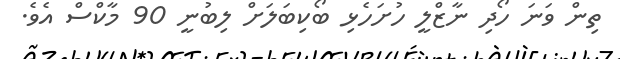
ތިން ވަނަ ހޯދި ނާޒްލީ ހުށަހެޅި ބޯކިބަލަށް ލިބުނީ 90 މާކްސް އެވެ.